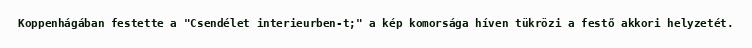
Koppenhágában festette a "Csendélet interieurben-t;" a kép komorsága híven tükrözi a festő akkori helyzetét.